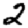
Digit: 2